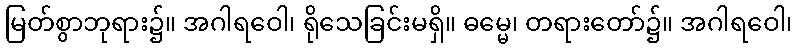
မြတ်စွာဘုရား၌။ အဂါရဝေါ၊ ရိုသေခြင်းမရှိ။ ဓမ္မေ၊ တရားတော်၌။ အဂါရဝေါ၊